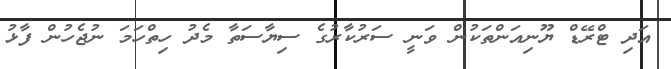
އަދި ޓްރޭޑް ޔޫނިއަންތަކުން ވަނީ ސަރުކާރުގެ ސިޔާސަތާ މެދު ހިތްހަމަ ނުޖެހުން ފާޅު